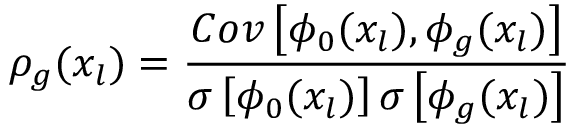
\rho _ { g } ( x _ { l } ) = \frac { C o v \left[ \phi _ { 0 } ( x _ { l } ) , \phi _ { g } ( x _ { l } ) \right] } { \sigma \left[ \phi _ { 0 } ( x _ { l } ) \right] \sigma \left[ \phi _ { g } ( x _ { l } ) \right] }